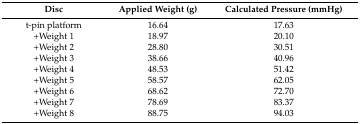
<table><thead><tr><td><b>Disc</b></td><td><b>Applied Weight (g)</b></td><td><b>Calculated Pressure (mmHg)</b></td></tr></thead><tbody><tr><td>t-pin platform</td><td>16.64</td><td>17.63</td></tr><tr><td>+Weight 1</td><td>18.97</td><td>20.10</td></tr><tr><td>+Weight 2</td><td>28.80</td><td>30.51</td></tr><tr><td>+Weight 3</td><td>38.66</td><td>40.96</td></tr><tr><td>+Weight 4</td><td>48.53</td><td>51.42</td></tr><tr><td>+Weight 5</td><td>58.57</td><td>62.05</td></tr><tr><td>+Weight 6</td><td>68.62</td><td>72.70</td></tr><tr><td>+Weight 7</td><td>78.69</td><td>83.37</td></tr><tr><td>+Weight 8</td><td>88.75</td><td>94.03</td></tr></tbody></table>